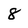
Character: 8